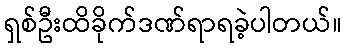
ရှစ်ဦးထိခိုက်ဒဏ်ရာရခဲ့ပါတယ်။